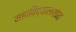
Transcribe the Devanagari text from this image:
महाविद्यालयांना